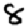
Digit: 8